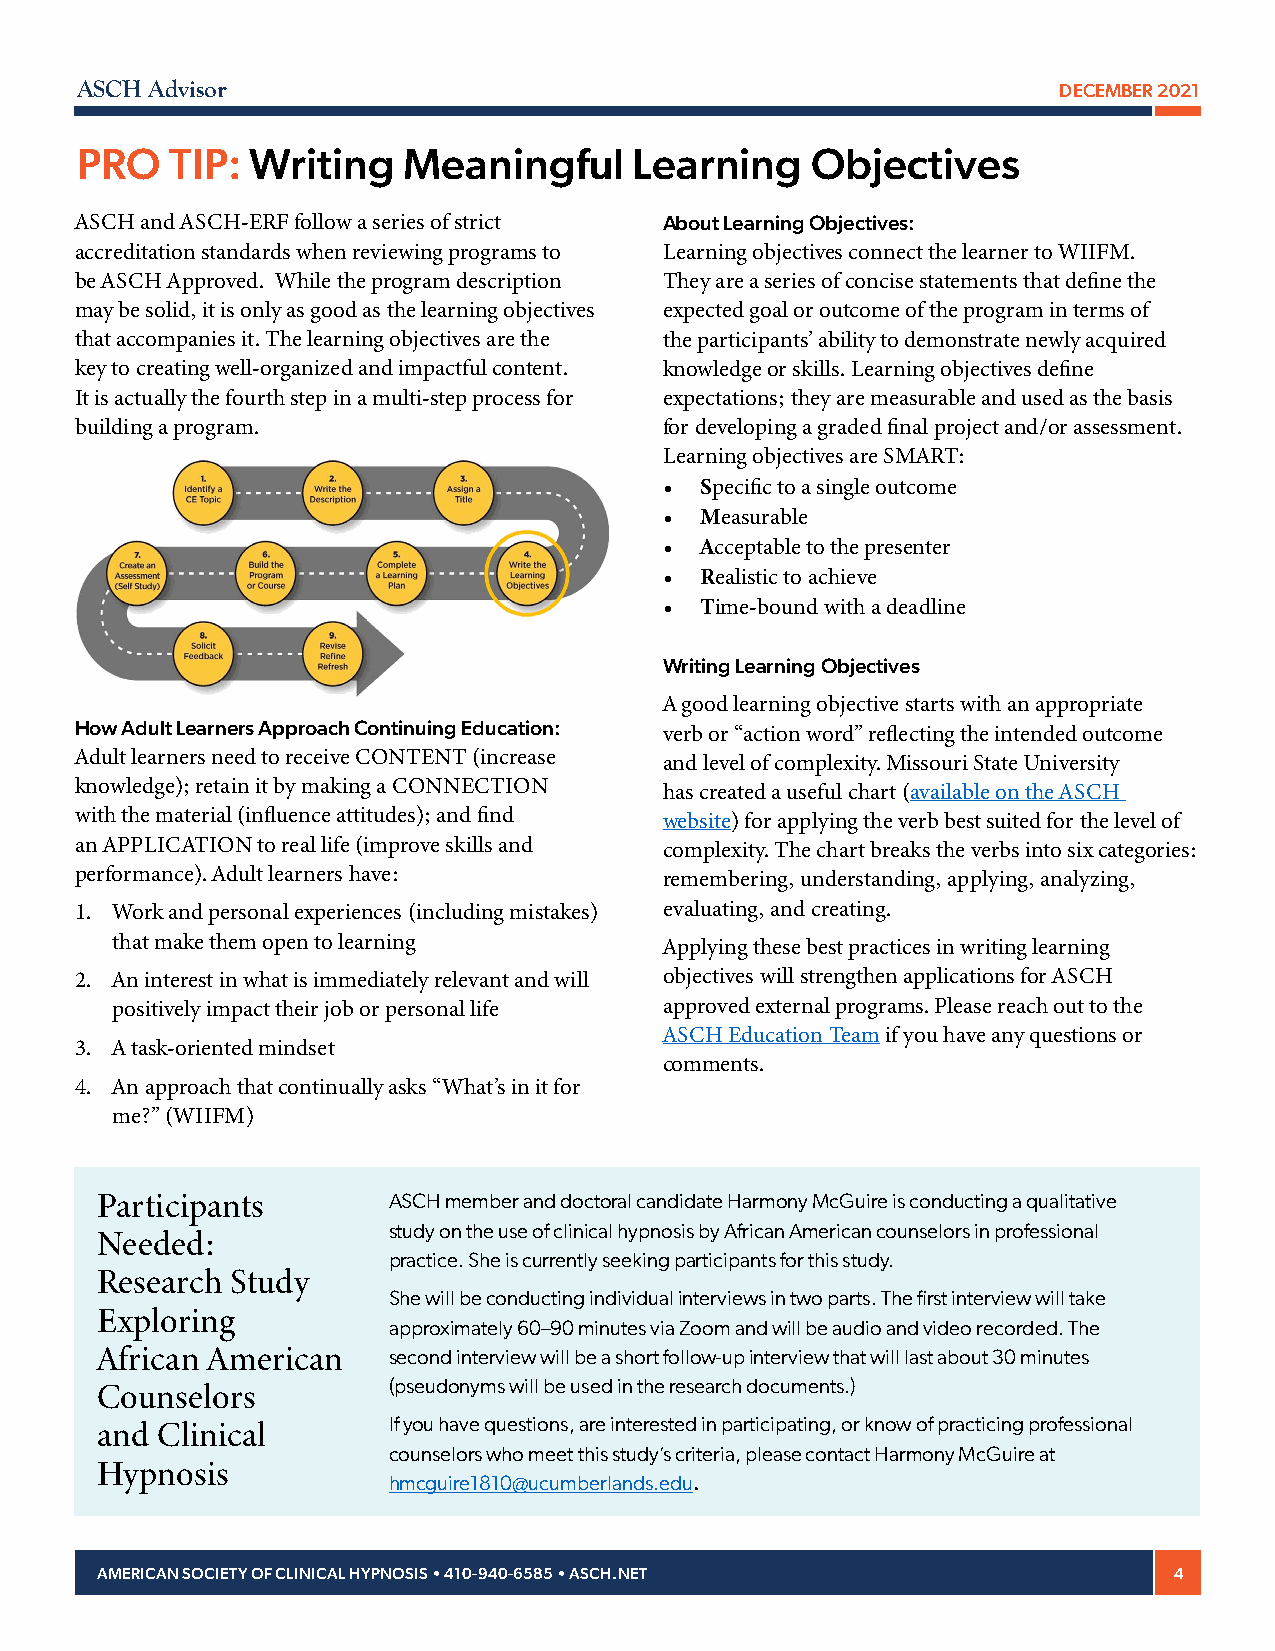
ASCH Advisor                                                     DECEMBER 2021
 PRO   TIP:  Writing   Meaningful     Learning    Objectives
 ASCH and ASCH-ERF follow a series of strict About Learning Objectives:
 accreditation standards when reviewing programs to Learning objectives connect the learner to WIIFM.
 be ASCH Approved. While the program description They are a series of concise statements that define the
 may be solid, it is only as good as the learning objectives expected goal or outcome of the program in terms of
 that accompanies it. The learning objectives are the the participants’ ability to demonstrate newly acquired
 key to creating well-organized and impactful content. knowledge or skills. Learning objectives define
 It is actually the fourth step in a multi-step process for expectations; they are measurable and used as the basis
 building a program.                    for developing a graded final project and/or assessment.
 Learning objectives are SMART:
 • Specific to a single outcome
 • Measurable
 • Acceptable to the presenter
 • Realistic to achieve
 • Time-bound with a deadline
 Writing Learning Objectives
 A good learning objective starts with an appropriate
 How Adult Learners Approach Continuing Education:
 verb or “action word” reflecting the intended outcome
 Adult learners need to receive CONTENT (increase and level of complexity. Missouri State University
 knowledge); retain it by making a CONNECTION has created a useful chart (available on the ASCH
 with the material (influence attitudes); and find website) for applying the verb best suited for the level of
 an APPLICATION to real life (improve skills and complexity. The chart breaks the verbs into six categories:
 performance). Adult learners have:     remembering, understanding, applying, analyzing,
 1. Work and personal experiences (including mistakes) evaluating, and creating.
 that make them open to learning      Applying these best practices in writing learning
 2. An interest in what is immediately relevant and will objectives will strengthen applications for ASCH
 positively impact their job or personal life approved external programs. Please reach out to the
 ASCH Education Team if you have any questions or
 3. A task-oriented mindset
 comments.
 4. An approach that continually asks “What’s in it for
 me?” (WIIFM)
 Participants        ASCH member and doctoral candidate Harmony McGuire is conducting a qualitative
 study on the use of clinical hypnosis by African American counselors in professional
 Needed:
 practice. She is currently seeking participants for this study.
 Research Study
 She will be conducting individual interviews in two parts. The first interview will take
 Exploring
 approximately 60–90 minutes via Zoom and will be audio and video recorded. The
 African American    second interview will be a short follow-up interview that will last about 30 minutes
 (pseudonyms will be used in the research documents.)
 Counselors
 If you have questions, are interested in participating, or know of practicing professional
 and Clinical
 counselors who meet this study’s criteria, please contact Harmony McGuire at
 Hypnosis
 hmcguire1810@ucumberlands.edu.
 AMERICAN SOCIETY OF CLINICAL HYPNOSIS • 410-940-6585 • ASCH.NET         4